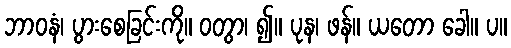
ဘာဝနံ၊ ပွားစေခြင်းကို။ ဝတွာ၊ ၍။ ပုန၊ ဖန်။ ယတော ခေါ။ ပ။